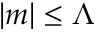
| m | \leq \Lambda